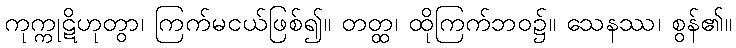
ကုက္ကုဋိဟုတွာ၊ ကြက်မငယ်ဖြစ်၍။ တတ္ထ၊ ထိုကြက်ဘဝ၌။ သေနဿ၊ စွန်၏။